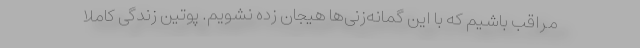
مراقب باشیم که با این گمانه‌زنی‌ها هیجان زده نشویم. پوتین زندگی کاملا